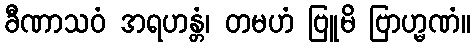
ခီဏာသဝံ အရဟန္တံ၊ တမဟံ ဗြူမိ ဗြာဟ္မဏံ။